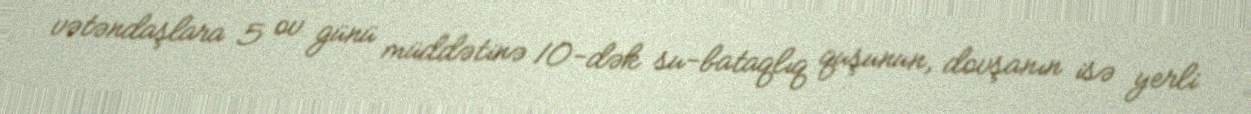
vətəndaşlara 5 ov günü müddətinə 10-dək su-bataqlıq quşunun, dovşanın isə yerli